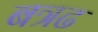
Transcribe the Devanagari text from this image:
बत्रढ